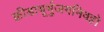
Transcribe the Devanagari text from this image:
क्रीडाभूर्भुजगनिवहो